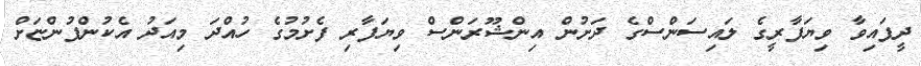
ދީފައިވާ ވިޔަފާރީގެ ލައިސަންސްގެ ދަށުން އިންޝޫރަންސް ވިޔަފާރި ފެށުމުގެ ހުއްދަ މިއަދު އެކުންފުންޏަށް